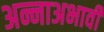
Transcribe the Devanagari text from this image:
अन्नाअभावी